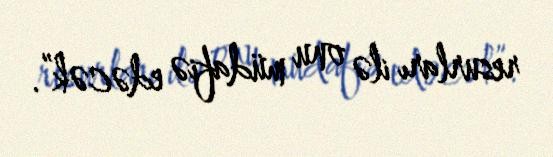
resurları ilə onu müdafiə edəcək”.